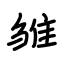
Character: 雏